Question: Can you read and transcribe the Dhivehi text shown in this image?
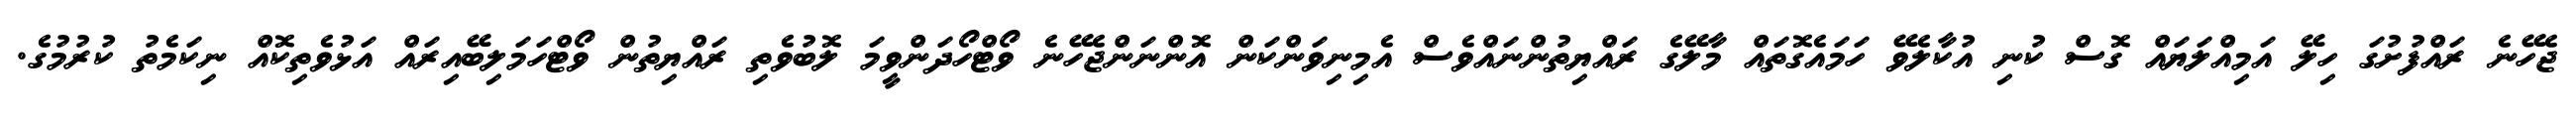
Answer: ޖެހޭނެ ރައްފުށުގަ ހިލޭ އަމިއްލަޔައް ގޮސް ކުނި އުކާލެވޭ ހަމައެގޮތައް މާލޭގެ ރައްޔިތުންނައްވެސް އެމިނިވަންކަން އޮންނަންޖެހޭނެ ވޯޓްހޯދަންވީމަ ލޮބުވެތި ރައްޔިތުން ވޯޓްހަމަލިބޭއިރައް އަޅުވެތިކޮއް ނިކަމެތު ކުރުމުގެ.